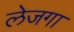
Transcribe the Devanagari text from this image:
लेजगा